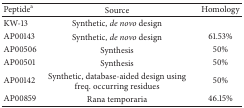
<table><thead><tr><td><b>Peptide<sup>a</sup></b></td><td><b>Source</b></td><td><b>Homology</b></td></tr></thead><tbody><tr><td>KW-13</td><td>Synthetic, <i>de novo</i> design</td><td> </td></tr><tr><td>AP00143</td><td>Synthetic, <i>de novo</i> design</td><td>61.53%</td></tr><tr><td>AP00506</td><td>Synthesis</td><td>50%</td></tr><tr><td>AP00501</td><td>Synthesis</td><td>50%</td></tr><tr><td>AP00142</td><td>Synthetic, database-aided design using freq. occurring residues</td><td>50%</td></tr><tr><td>AP00859</td><td>Rana temporaria</td><td>46.15%</td></tr></tbody></table>